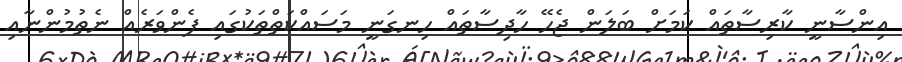
އިންސާނީ ކާރިސާތައް ކަމަށް ބަލަން ޖެހޭ ހާދިސާތައް ހިނގަނީ މަސައްކަތްތަކުގައި ފެންވަރެއް ނެތުމުންނާއި